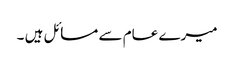
میرے عام سے مسائل ہیں ۔